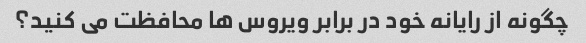
چگونه از رایانه خود در برابر ویروس ها محافظت می کنید؟